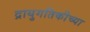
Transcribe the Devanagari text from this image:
द्रायुगतिकीच्या